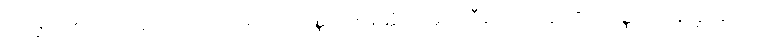
သက္ကာယဒိဋ္ဌိအာဒယော တတိယမဂ္ဂဿ ဝဏ္ဏဘဏနတ္ထံ တတ္ထ ပဟီနာတိ ဝုတ္တာ, ဧဝံ ဝဏ္ဏဘဏနတ္ထမ္ပေတဿ